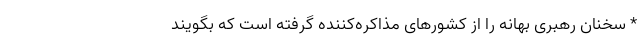
* سخنان رهبری بهانه را از کشورهای مذاکره‌کننده گرفته است که بگویند